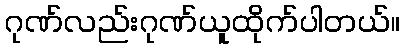
ဂုဏ်လည်းဂုဏ်ယူထိုက်ပါတယ်။